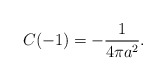
\begin{align*}C(-1)=-\frac{1}{4\pi a^2}.\end{align*}